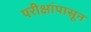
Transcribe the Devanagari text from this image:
परीक्षांपासून